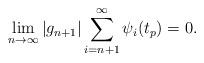
LaTeX: \begin{align*}\lim_{n \to \infty} |g_{n+1}| \sum_{i=n+1}^{\infty} \psi_i(t_p) =0.\end{align*}